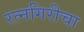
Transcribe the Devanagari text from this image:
रत्नगिरीचा